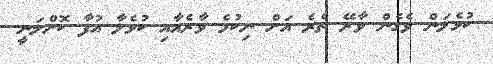
ކުޅެލަން ވެގެން ވާރޭ ތެެރެ އަށް ނިކުމެ ވާރެއާއި ކުޅެލާ އުފާ ކޮށްލަނީ